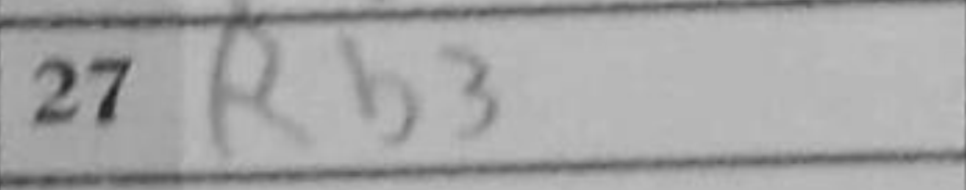
Transcription: Rb3